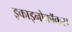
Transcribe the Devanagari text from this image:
इकाइनोकॉकस